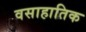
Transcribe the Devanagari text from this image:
वसाहातिक